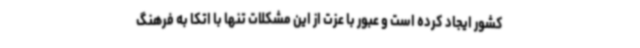
کشور ایجاد کرده است و عبور با عزت از این مشکلات تنها با اتکا به فرهنگ